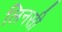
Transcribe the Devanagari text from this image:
लिनसी